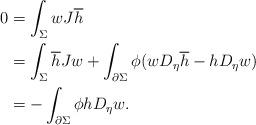
LaTeX: \begin{align*}0 &=\int_\Sigma w J\overline{h}\\&=\int_\Sigma \overline{h}J w +\int_{\partial \Sigma}\phi(w D_\eta\overline{h}-h D_\eta w)\\&=-\int_{\partial \Sigma}\phi h D_{\eta} w.\end{align*}